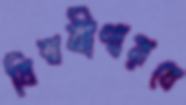
বিশ্ববীণারবে